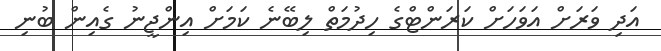
އަދި ވަރަށް އަވަހަށް ކަރަންޓްގެ ހިދުމަތް ލިބޭނެ ކަމަށް އިންޖީނު ގެއިން ބުނި